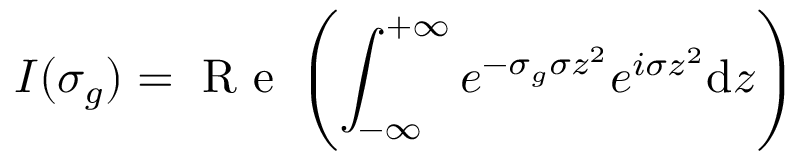
I ( \sigma _ { g } ) = \mathrm { ~ R ~ e ~ } \left( \int _ { - \infty } ^ { + \infty } e ^ { - \sigma _ { g } \sigma z ^ { 2 } } e ^ { i \sigma z ^ { 2 } } \mathrm { d } z \right)